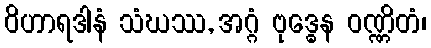
ဝိဟာရဒါနံ သံဃဿ, အဂ္ဂံ ဗုဒ္ဓေန ဝဏ္ဏိတံ၊